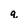
Character: q